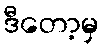
ဒီတော့မှ